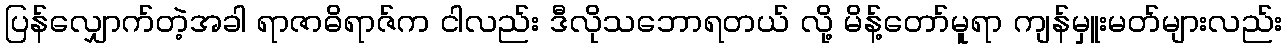
ပြန်လျှောက်တဲ့အခါ ရာဇာဓိရာဇ်က ငါလည်း ဒီလိုသဘောရတယ် လို့ မိန့်တော်မူရာ ကျန်မှူးမတ်များလည်း